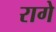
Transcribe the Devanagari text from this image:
रागे